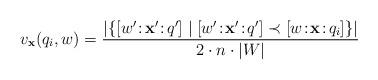
LaTeX: \begin{align*}v_\mathbf{x}(q_i,w)=\dfrac{|\{[w'\!:\!\mathbf{x}'\!:\!q']\mid[w'\!:\!\mathbf{x}'\!:\!q']\prec[w\!:\!\mathbf{x}\!:\!q_i]\}|}{2\cdot n\cdot|W|}\end{align*}